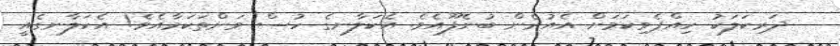
ދަރިކަލަކު ހިއްޕެވިކަމަށް އެއުރެން ބުނެފޫއެވެ. އެކަލާނގެ ހުސް ވަންތަކަމާއެވެ! އެކަލާނގެއީ